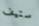
ستيف